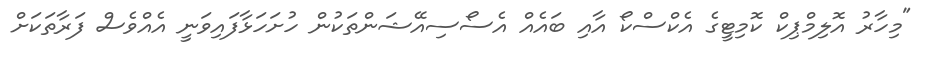
"މިހާރު އޮލިމްޕިކް ކޮމިޓީގެ އެކްސްކޯ އާއި ބައެއް އެސޯސިއޭޝަންތަކުން ހުށަހަޅާފައިވަނީ އެއްވެސް ފަރާތަކަށް